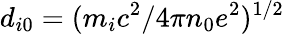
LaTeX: d_{i0}=(m_{i}c^{2}/4\pi n_{0}e^{2})^{1/2}